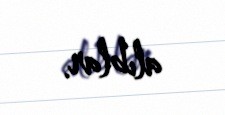
alıblar.